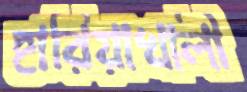
হারিয়াখালী